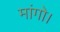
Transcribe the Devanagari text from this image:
मांगो।